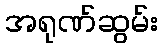
အရုဏ်ဆွမ်း